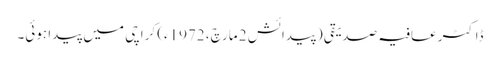
ڈاکٹر عافیہ صدیقی (پیدائش 2 مارچ، 1972ء) کراچی میں پیدا ہوئی۔